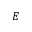
E